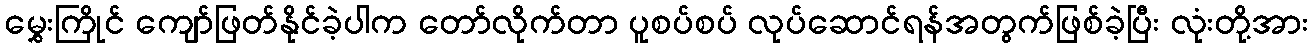
မွှေးကြိုင် ကျော်ဖြတ်နိုင်ခဲ့ပါက တော်လိုက်တာ ပူစပ်စပ် လုပ်ဆောင်ရန်အတွက်ဖြစ်ခဲ့ပြီး လုံးတို့အား